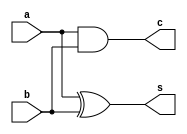
module HalfAdder(s, c, a, b);
    input a,b;
    output s, c;
    xor XOR1(s, a, b);
    and AND1(c, a, b);
endmodule

module two_two_Multi(out, a, b);
    input [1:0] a;
    input [1:0] b;
    output [3:0] out;

    wire A0B1, A1B0, A1B1, C;

    and AND_OUT0(out[0], a[0], b[0]);
    and AND_A0B1(A0B1, a[0], b[1]);
    and AND_A1B0(A1B0, a[1], b[0]);
    and AND_A1B1(A1B1, a[1], b[1]);
    
    HalfAdder ha1(out[1], C, A0B1, A1B0);
    HalfAdder ha2(out[2], out[3], C, A1B1); 
endmodule

module CLA(a, b, s, cin, cout);
    input [3:0]a;
    input [3:0]b;
    input cin;
    output [3:0]s; 
    output cout;

    wire G0, G1, G2, G3, P0, P1, P2, P3;
    wire C1, C2, C3, cout;

    xor XOR_P0(P0, a[0], b[0]);
    xor XOR_P1(P1, a[1], b[1]);
    xor XOR_P2(P2, a[2], b[2]);
    xor XOR_P3(P3, a[3], b[3]);

    and AND_G0(G0, a[0], b[0]);
    and AND_G1(G1, a[1], b[1]);
    and AND_G2(G2, a[2], b[2]);
    and AND_G3(G3, a[3], b[3]);    

    assign C1 = G0 | (P0 & cin);
    assign C2 = G1 | (P1 & C1);
    assign C3 = G2 | (P2 & C2);
    assign cout = G3 | (P3 & C3);
    
    xor XOR_S0(s[0], cin, P0);
    xor XOR_S1(s[1], C1,  P1);
    xor XOR_S2(s[2], C2,  P2);
    xor XOR_S3(s[3], C3,  P3);   

endmodule

module Multiplier(out, in1, in2);
    input [5:0] in1;
    input [1:0] in2;
    output [7:0] out;

    wire [3:0]f;
    wire [3:0]g;
    wire [3:0]h; 

    two_two_Multi TT1(f, in1[1:0], in2);
    two_two_Multi TT2(g, in1[3:2], in2);
    two_two_Multi TT3(h, in1[5:4], in2);

    wire [3:0]T1 = {g[1:0],2'b00};
    wire [3:0]T2 = {2'b00,g[3:2]};
    wire carry0, carry1, carry2;
    assign carry0 = 0;

    CLA CLA1(T1, f, out[3:0], carry0, carry1);
    CLA CLA2(T2, h, out[7:4], carry1, carry2);
endmodule